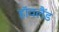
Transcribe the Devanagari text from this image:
हॉवलैंड